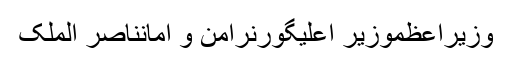
وزیراعظموزیر اعلیٰگورنرامن و امانناصر الملک